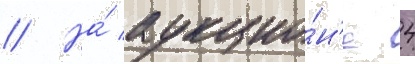
// На́ аукцио́н'е 4